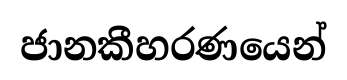
ජානකීහරණයෙන්